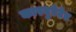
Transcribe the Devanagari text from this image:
कारबुरेटेड